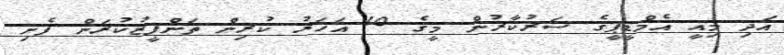
އަދި މިއީ އެމްޑީޕީގެ ސަރުކާރުން މީގެ 10 އަހަރު ކުރިން ތަންފީޒުކުރަން ފެށި